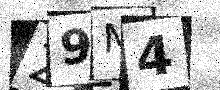
Text: 29M4